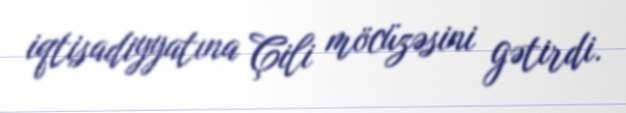
iqtisadiyyatına Çili möcüzəsini gətirdi.